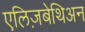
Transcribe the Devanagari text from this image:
एलिज़बेथिअन